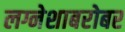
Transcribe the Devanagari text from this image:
लग्नेशाबरोबर